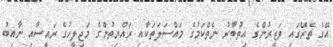
އޭގެ ތެރޭގައި ވަޒީރުންގެ އިތުބާރު ނެތްކަމުގެ މައްސަލަތަކާއި ރައްޔިތުންގެ މަޖިލީހުގެ ރައީސާއި ނާއިބު